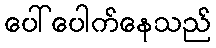
ပေါ်ပေါက်နေသည်